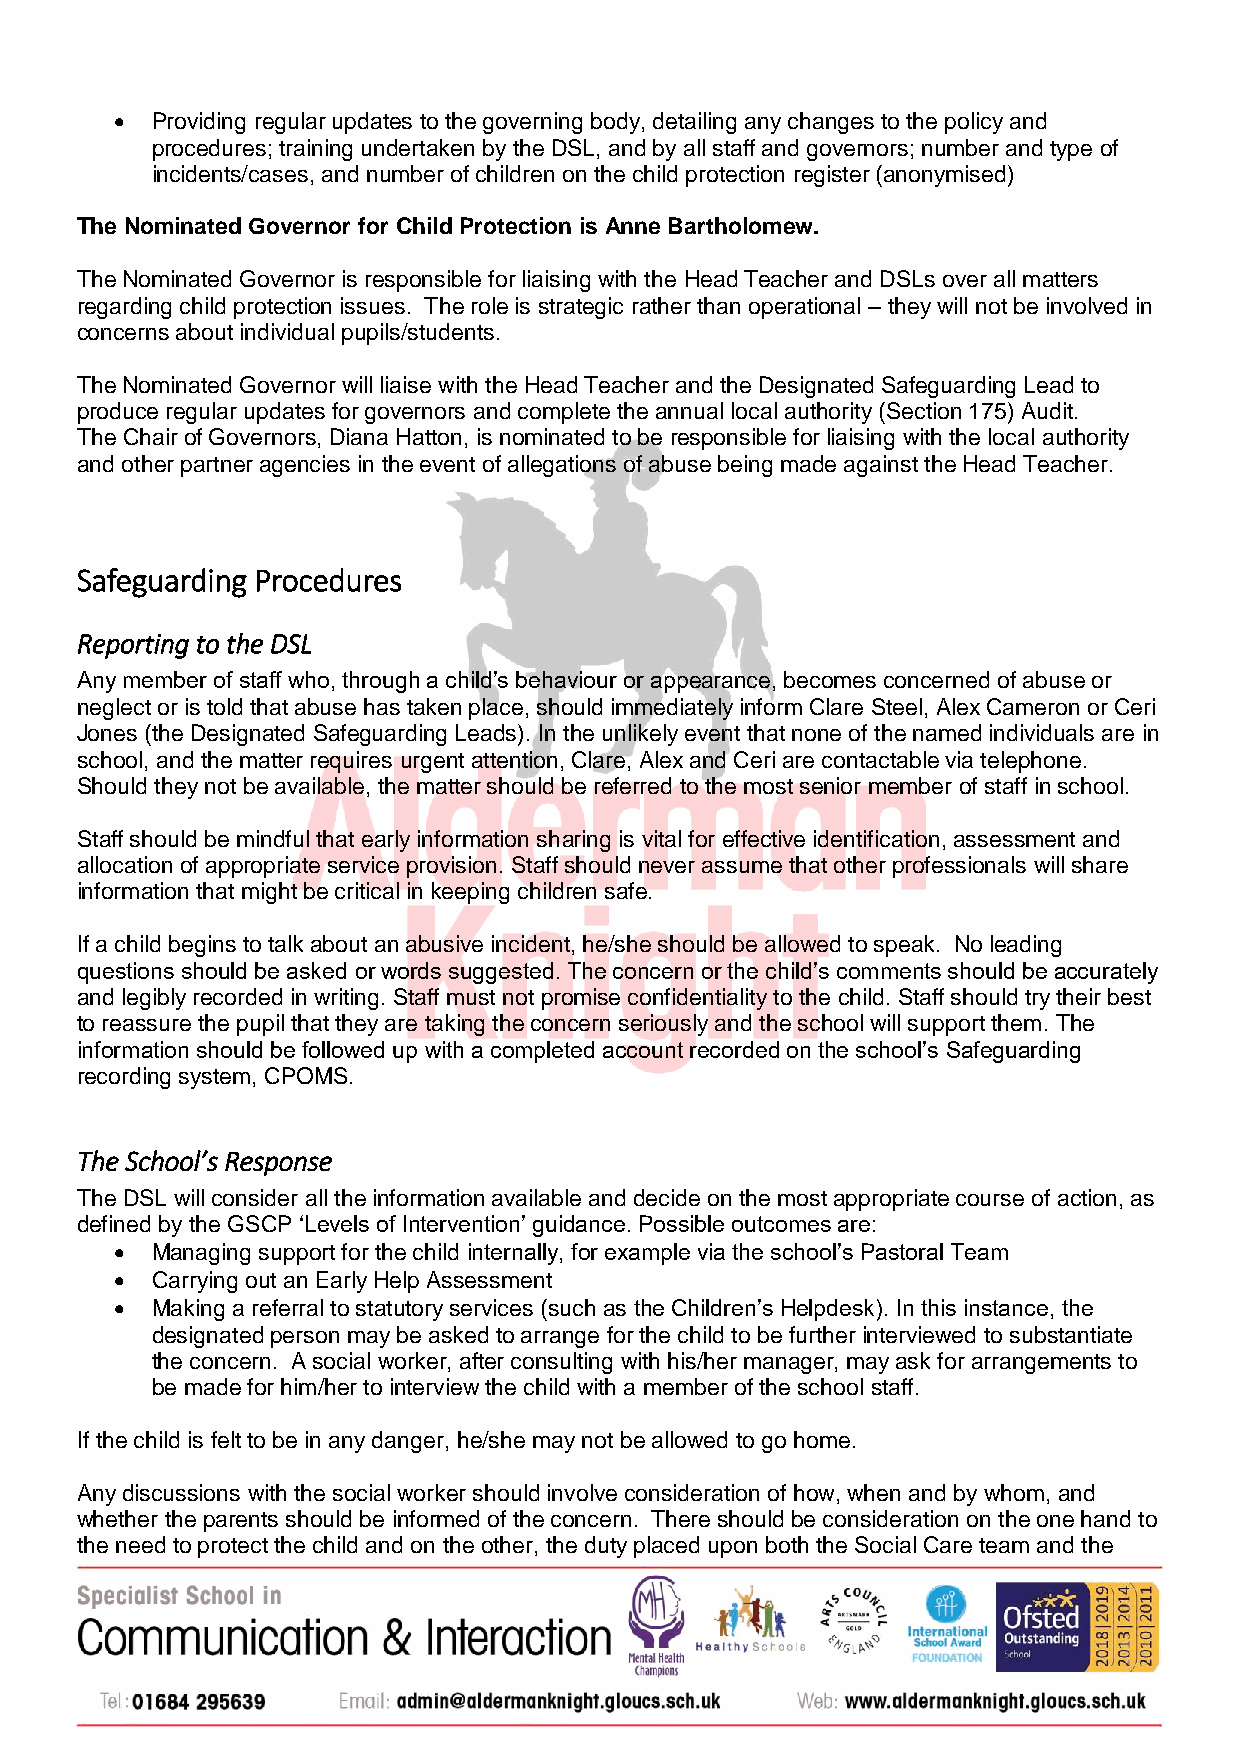
 Providing regular updates to the governing body, detailing any changes to the policy and
 procedures; training undertaken by the DSL, and by all staff and governors; number and type of
 incidents/cases, and number of children on the child protection register (anonymised)
 The Nominated Governor for Child Protection is Anne Bartholomew.
 The Nominated Governor is responsible for liaising with the Head Teacher and DSLs over all matters
 regarding child protection issues. The role is strategic rather than operational – they will not be involved in
 concerns about individual pupils/students.
 The Nominated Governor will liaise with the Head Teacher and the Designated Safeguarding Lead to
 produce regular updates for governors and complete the annual local authority (Section 175) Audit.
 The Chair of Governors, Diana Hatton, is nominated to be responsible for liaising with the local authority
 and other partner agencies in the event of allegations of abuse being made against the Head Teacher.
 Safeguarding Procedures
 Reporting to the DSL
 Any member of staff who, through a child’s behaviour or appearance, becomes concerned of abuse or
 neglect or is told that abuse has taken place, should immediately inform Clare Steel, Alex Cameron or Ceri
 Jones (the Designated Safeguarding Leads). In the unlikely event that none of the named individuals are in
 school, and the matter requires urgent attention, Clare, Alex and Ceri are contactable via telephone.
 Should they not be available, the matter should be referred to the most senior member of staff in school.
 Staff should be mindful that early information sharing is vital for effective identification, assessment and
 allocation of appropriate service provision. Staff should never assume that other professionals will share
 information that might be critical in keeping children safe.
 If a child begins to talk about an abusive incident, he/she should be allowed to speak. No leading
 questions should be asked or words suggested. The concern or the child’s comments should be accurately
 and legibly recorded in writing. Staff must not promise confidentiality to the child. Staff should try their best
 to reassure the pupil that they are taking the concern seriously and the school will support them. The
 information should be followed up with a completed account recorded on the school’s Safeguarding
 recording system, CPOMS.
 The School’s Response
 The DSL will consider all the information available and decide on the most appropriate course of action, as
 defined by the GSCP ‘Levels of Intervention’ guidance. Possible outcomes are:
  Managing support for the child internally, for example via the school’s Pastoral Team
  Carrying out an Early Help Assessment
  Making a referral to statutory services (such as the Children’s Helpdesk). In this instance, the
 designated person may be asked to arrange for the child to be further interviewed to substantiate
 the concern. A social worker, after consulting with his/her manager, may ask for arrangements to
 be made for him/her to interview the child with a member of the school staff.
 If the child is felt to be in any danger, he/she may not be allowed to go home.
 Any discussions with the social worker should involve consideration of how, when and by whom, and
 whether the parents should be informed of the concern. There should be consideration on the one hand to
 the need to protect the child and on the other, the duty placed upon both the Social Care team and the